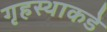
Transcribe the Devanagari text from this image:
गृहस्थाकडे